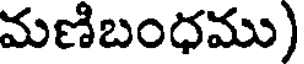
మణిబంధము)